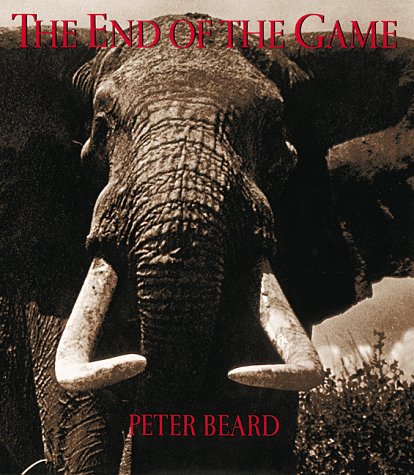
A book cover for The End of the Game; Peter Beard; Science & Math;